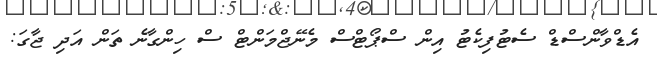
އެޑްވާންސްޑް ސެޓުފިކެޓު އިން ސްޕޯޓްސް މެނޭޖްމަންޓް ސް ހިންގާނެ ތަން އަދި ޖާގަ: